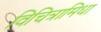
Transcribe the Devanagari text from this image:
विचित्रामिधा